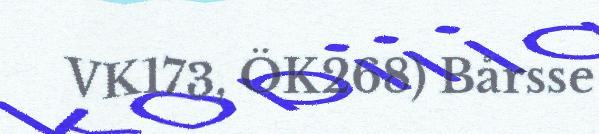
VK173, ÖK268) Bårsse